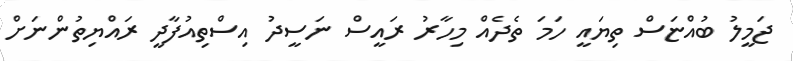
ޖަމީލު ބުއްޏަސް ތިޔައީ ހަމަ ތެދެއް މިހާރު ރައީސް ނަސީދު އިސްތިއުފާދީ ރައްޔިތުންނަށް